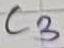
Text: C3